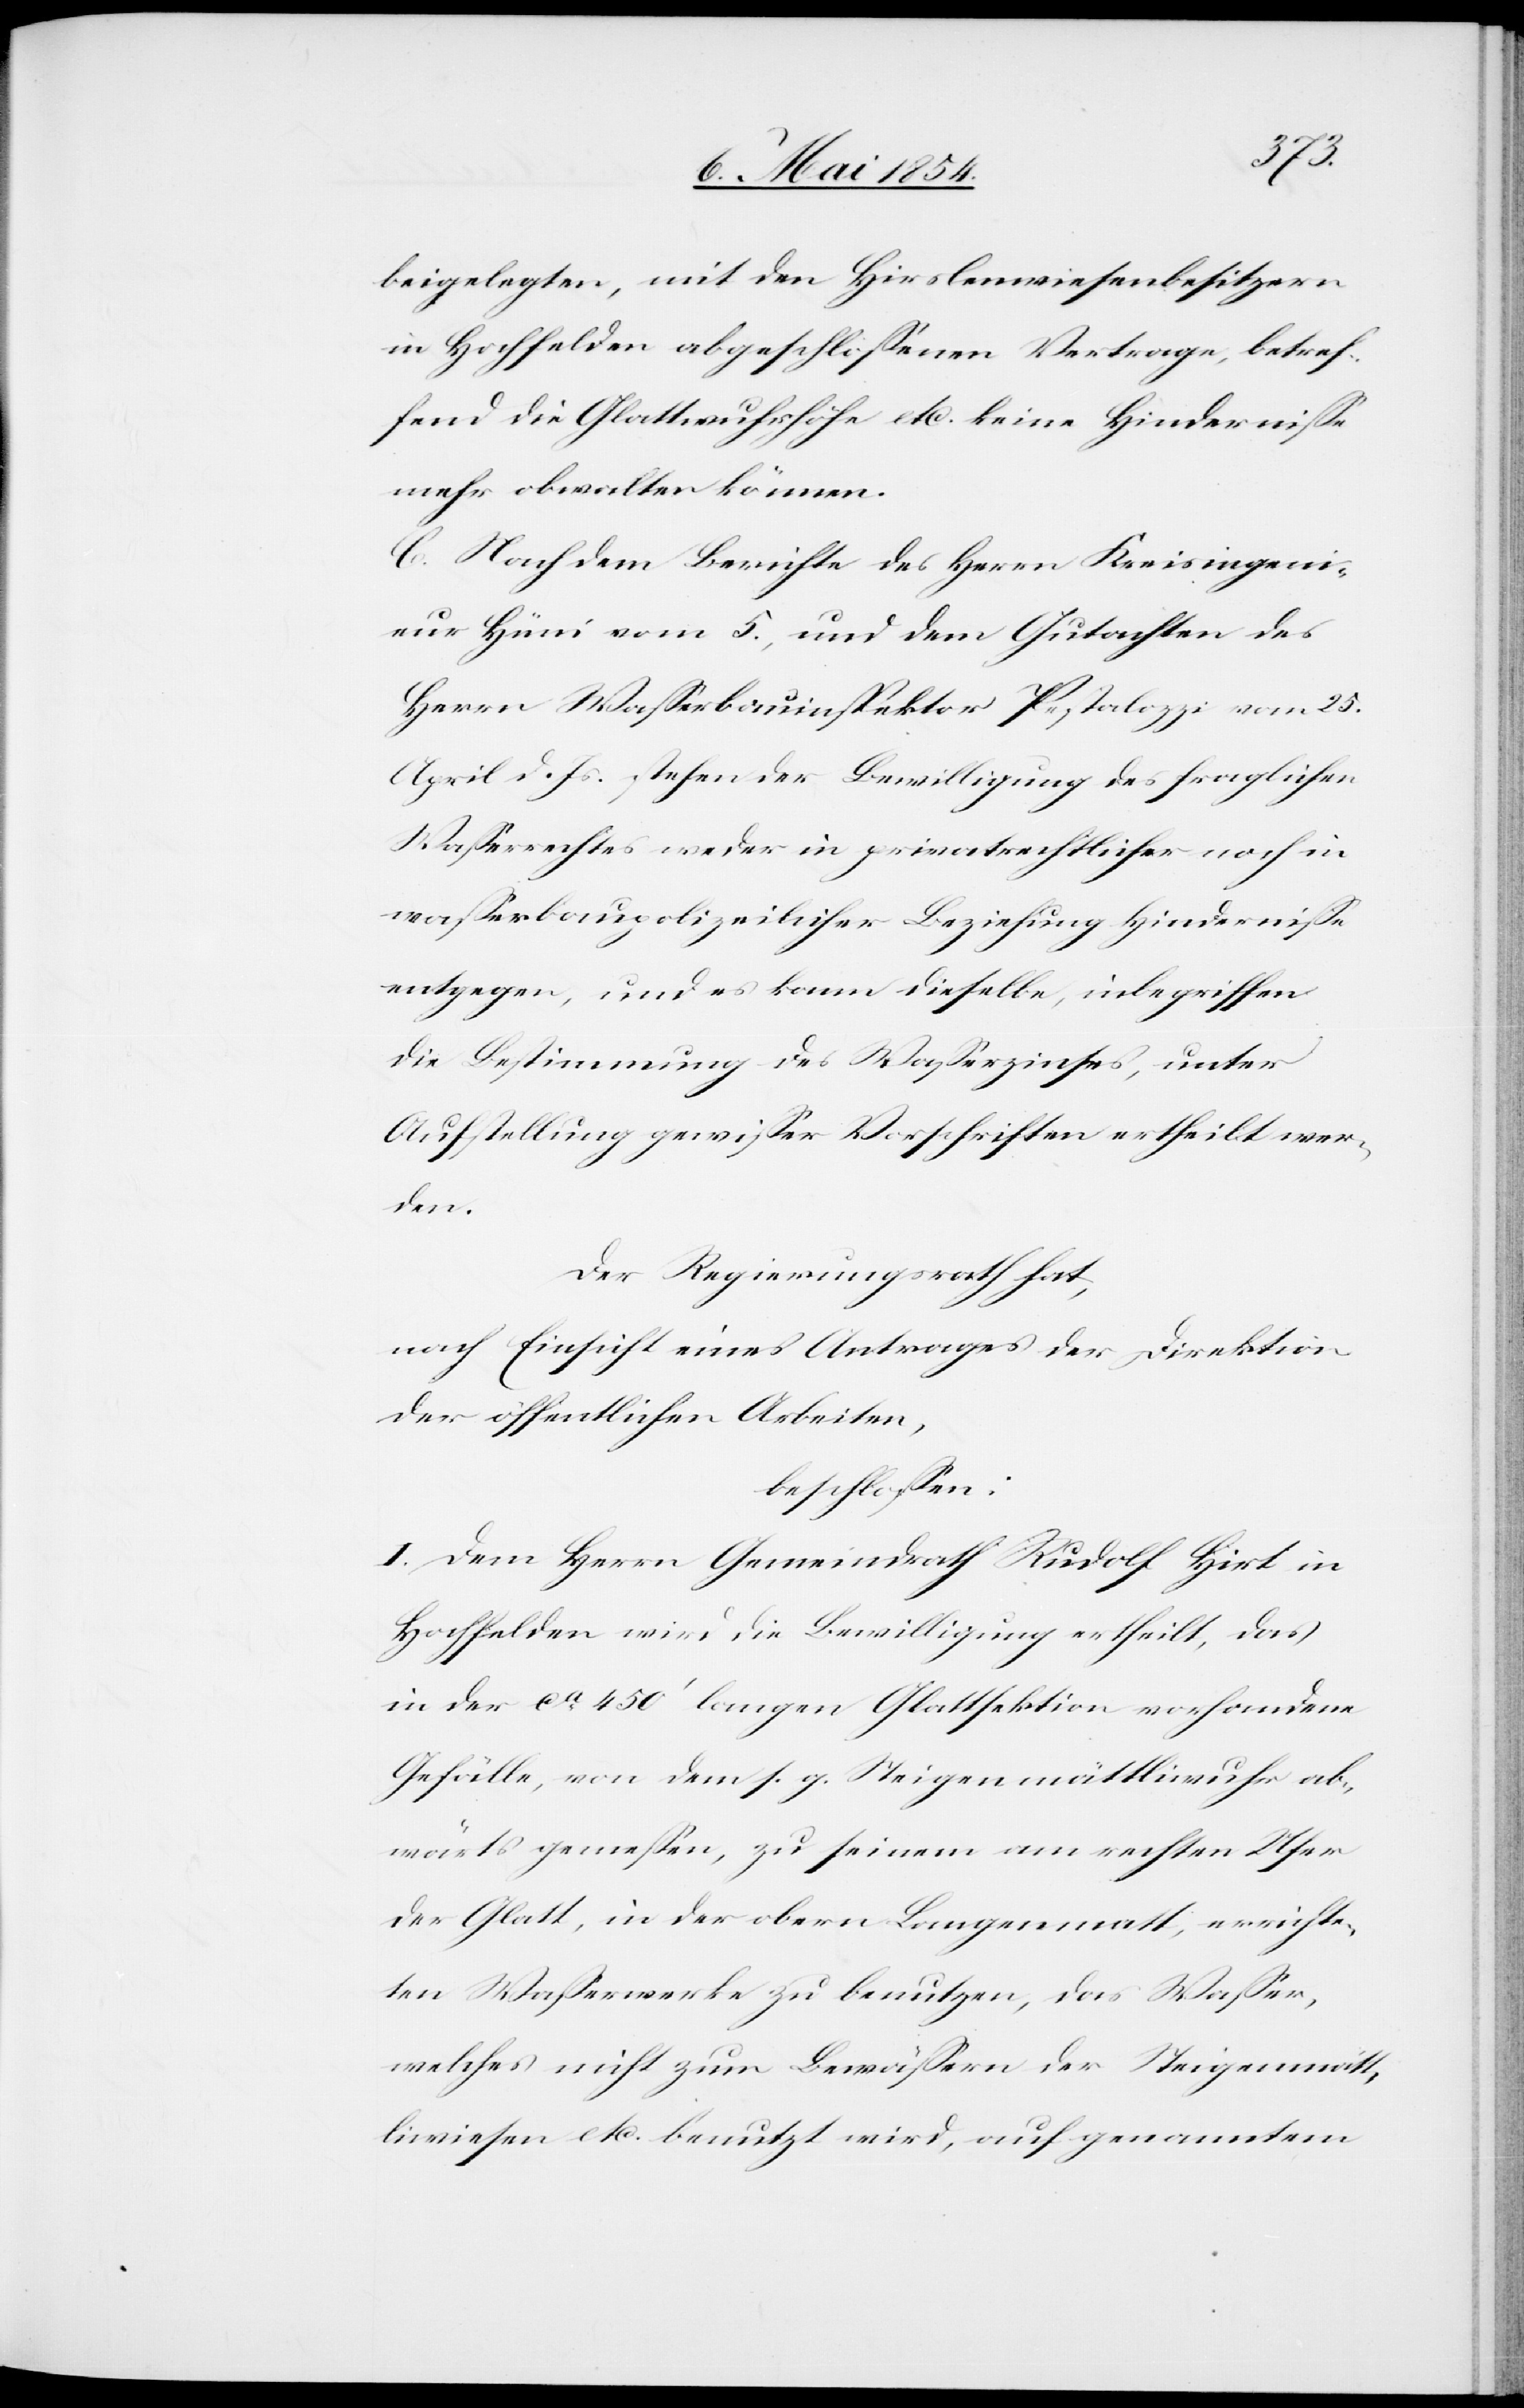
beigelegten, mit den Hirslenwiesenbesitzern
in Hochfelden abgeschloßenen Vertrage, betref¬
fend die Glattwuhrhöhe etc. keine Hinderniße
mehr obwalten können.
C. Nach dem Berichte des Herrn Kreisingeni¬
eur Hüni vom 5., und dem Gutachten des
Herrn Waßerbauinspektor Pestalozzi vom 25.
April d. Js. stehen der Bewilligung des fraglichen
Waßerrechtes weder in privatrechtlicher noch in
waßerbaupolizeilicher Beziehung Hinderniße
entgegen, und es kann dieselbe, inbegriffen
die Bestimmung des Waßerzinses, unter
Aufstellung gewißer Vorschriften ertheilt wer¬
den.
Der Regierungsrath hat,
nach Einsicht eines Antrages der Direktion
der öffentlichen Arbeiten,
beschloßen:
I. Dem Herrn Gemeindrath Rudolf Hirt in
Hochfelden wird die Bewilligung ertheilt, das
in der ca 450‘ langen Glattsektion vorhandene
Gefälle, von dem s. g. Steigenmättliwuhr ab¬
wärts gemeßen, zu seinem am rechten Ufer
der Glatt, in der obern Langenmatt, errichte¬
ten Waßerwerke zu benutzen, das Waßer,
welches nicht zum Bewäßern der Steigenmätt¬
liwiesen etc. benutzt wird, auf genanntem